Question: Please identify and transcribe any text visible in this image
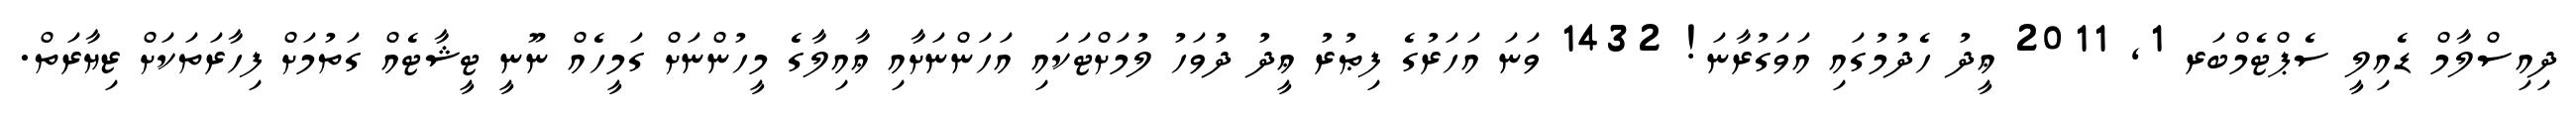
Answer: ދިއިސްލާމް ޑެއިލީ ސެޕްޓެމްބަރ 1, 2011 ޢީދު ހެދުމުގައި އަވަގުރާނަ! 1432 ވަނަ އަހަރުގެ ފިޠުރު ޢީދު ދުވަހު ލުމަށްޓަކައި އަހަންނަށާއި ޢާއިލާގެ މީހުންނަށް ގަމީހެއް ނޫނީ ޓީޝާޓެއް ގަތުމަށް ފިހާރަތަކަށް ޒިޔާރަތް.